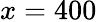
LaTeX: x=400